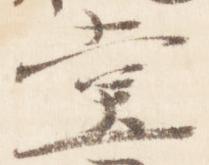
堂